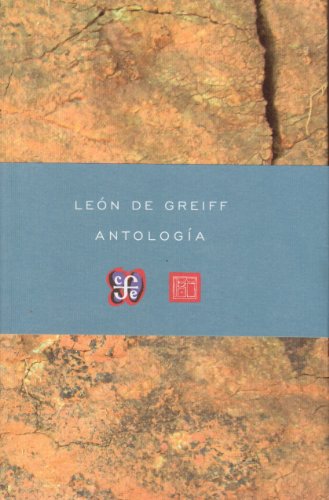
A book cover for AntologÃ­a (Poesia) (Spanish Edition); LeÃ³n De Greiff; Literature & Fiction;